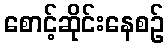
စောင့်ဆိုင်းနေစဉ်